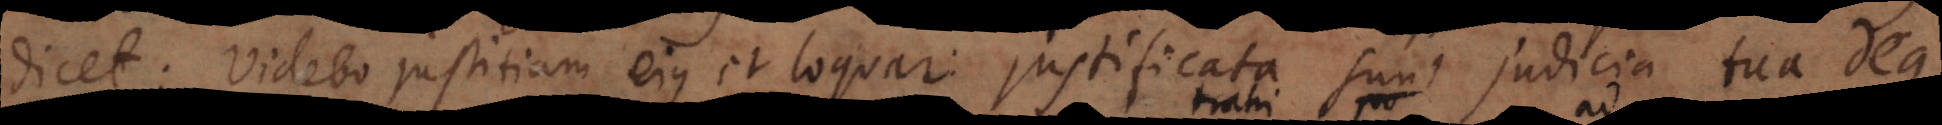
dicet: Videbo justitiam ejus et loquar: justificata sunt judicia tua Deus.